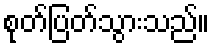
စုတ်ပြတ်သွားသည်။